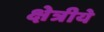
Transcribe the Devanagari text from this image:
क्षेत्रीये